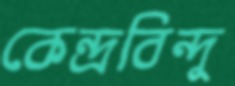
কেন্দ্রবিন্দু